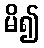
မိ၍